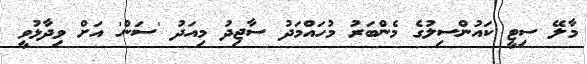
މާލޭ ސިޓީ ކައުންސިލުގެ މެންބަރު މުހައްމަދު ސާޖިދު މިއަދު 'ސަން' އަށް ވިދާޅުވީ